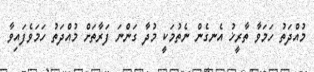
މުއްދަތު ހަމަވާ ތާރީޚު އެނގެން ނެތުމަކީ މުދާ ގަންނަ ފަރާތަށް މުއްދަތު ހަމަވެފައިވާ